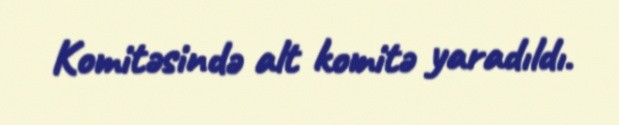
Komitəsində alt komitə yaradıldı.